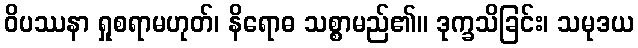
ဝိပဿနာ ရှုစရာမဟုတ်၊ နိရောဓ သစ္စာမည်၏။ ဒုက္ခသိခြင်း၊ သမုဒယ